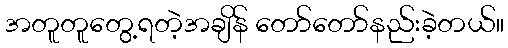
အတူတူတွေ့ရတဲ့အချိန် တော်တော်နည်းခဲ့တယ်။